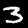
Label: 3